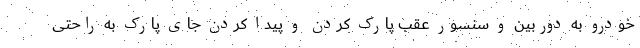
خودرو به دوربین و سنسور عقب پارک کردن و پیدا کردن جای پارک به راحتی